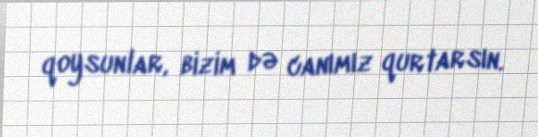
qoysunlar, bizim də canımız qurtarsın.